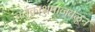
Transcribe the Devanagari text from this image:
वर्तकाश्रमाजवळून